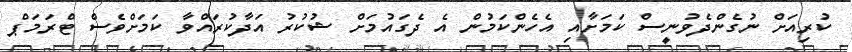
ކުރިއަށް ނުގެންދެވުނީސް ކަމަށާއި އެހެންކަމުން އެ ދެގައުމަށް ޝުކުރު އަދާކުރައްވާ ކަމަށްވެސް ޓްރަމަޕް